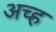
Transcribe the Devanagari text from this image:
अच्ह